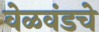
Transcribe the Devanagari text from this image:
वेळवंडचे